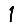
Digit: 1